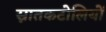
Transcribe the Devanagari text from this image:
स्नातकटोलियों